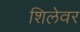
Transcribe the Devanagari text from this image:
शिलेवर